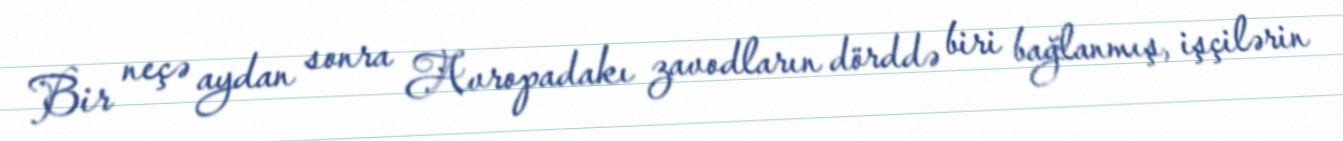
Bir neçə aydan sonra Avropadakı zavodların dörddə biri bağlanmış, işçilərin